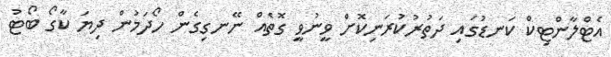
އެޓްލާންޓިކް ކަނޑުގައި ދަތުރުކުރަނިކޮށް ވީނުވީ ގޮތެއް ނޭނގިގެން ހޯދަމުން ދިޔަ ކާގޯ ބޯޓު